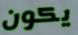
يكون